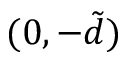
( 0 , - \tilde { d } )